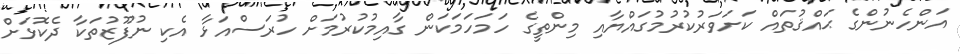
އަންހެނުންގެ ޙައްޤުތައް ކަށަވަރުކުރުމުގައްޔާއި މިންތީގެ ހަމަހަމަކަން ގާއިމުކުރުމަށް ހުރަސްއަޅާ އެކި ނުފޫޒުތަކާ ދެކޮޅަށް